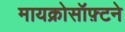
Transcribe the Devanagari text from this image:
मायक्रोसॉफ़्टने